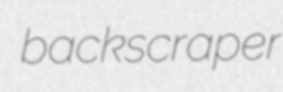
backscraper